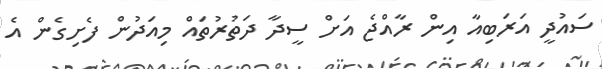
ސައުދީ އަރަބިއާ އިން ރާއްޖެ އަށް ސީދާ ދަތުރުތައް މިއަދުން ފެށިގެން އެ